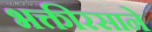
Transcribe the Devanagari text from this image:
भक्तीरसाने